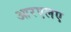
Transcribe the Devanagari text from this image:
आरएलए